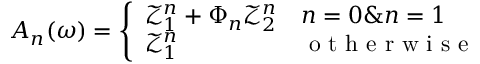
A _ { n } ( \omega ) = \left\{ \begin{array} { l l } { { \mathcal { Z } } _ { 1 } ^ { n } + \Phi _ { n } { \mathcal { Z } } _ { 2 } ^ { n } } & { n = 0 \& n = 1 } \\ { { \mathcal { Z } } _ { 1 } ^ { n } } & { \mathrm { ~ o ~ t ~ h ~ e ~ r ~ w ~ i ~ s ~ e ~ } } \end{array} \right.